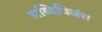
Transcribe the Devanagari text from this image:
सब्दिविजंस